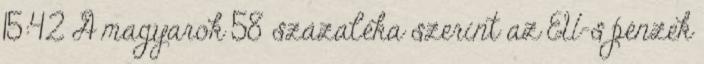
15:42 A magyarok 58 százaléka szerint az EU-s pénzek